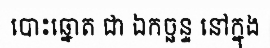
បោះឆ្នោត ជា ឯកច្ឆន្ទ នៅក្នុង